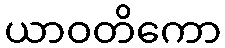
ယာဝတိကော